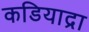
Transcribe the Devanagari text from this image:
कडियाद्रा